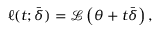
\ell ( t ; \bar { \boldsymbol \delta } ) = \mathcal { L } \left( \boldsymbol \theta + t \bar { \boldsymbol \delta } \right) ,